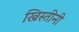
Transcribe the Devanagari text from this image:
ख्रिस्तीनी